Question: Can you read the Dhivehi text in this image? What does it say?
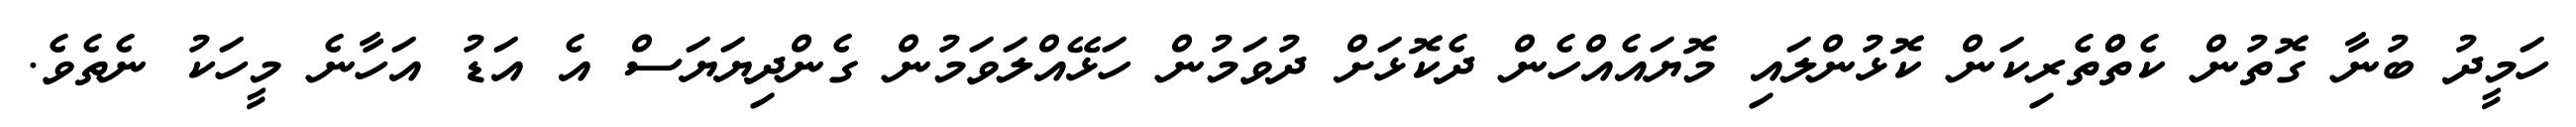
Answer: ހަމީދު ބުނާ ގޮތުން ކެތްްތެރިކަން ކޮޅުންލައި މޮޔައެއްހެން ދެކޮޅަށް ދުވަމުން ހަޅޭއްލަވަމުން ގެންދިޔަޔަސް އެ އަޑު އަހާނެ މީހަކު ނެތެވެ.